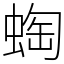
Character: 蜪